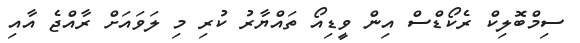
ސިމްބޮލިކް ރެކޯޑްސް އިން ވީޑިއޯ ތައްޔާރު ކުރި މި ލަވައަށް ރާއްޖެ އާއި